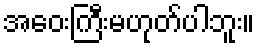
အဝေးကြီးမဟုတ်ပါဘူး။